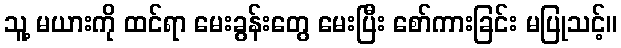
သူ့ မယားကို ထင်ရာ မေးခွန်းတွေ မေးပြီး စော်ကားခြင်း မပြုသင့်။